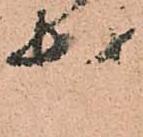
様